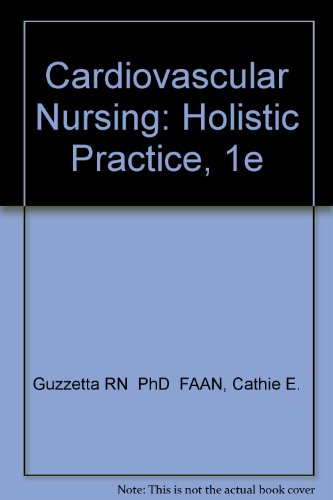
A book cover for Cardiovascular Nursing: Holistic Practice, 1e; Cathie E. Guzzetta RN  PhD  FAAN; Medical Books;